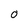
Character: 0